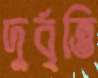
দুর্বৃত্তি